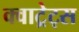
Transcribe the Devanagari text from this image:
क्वाट्रेट्स